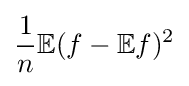
{\frac {1}{n}}\mathbb {E} (f-\mathbb {E} f)^{2}